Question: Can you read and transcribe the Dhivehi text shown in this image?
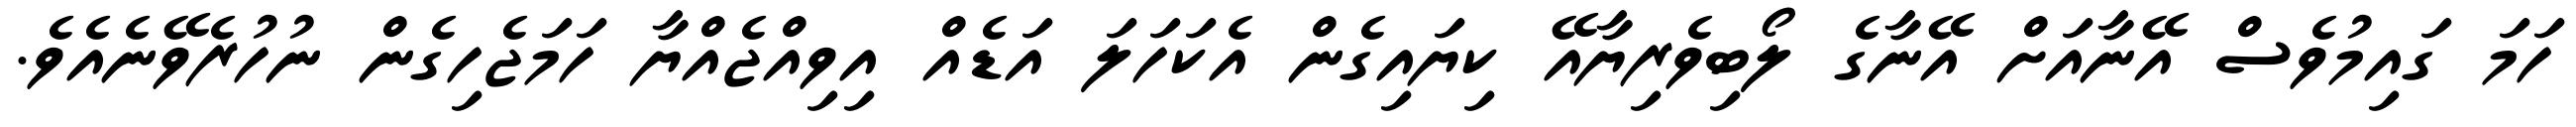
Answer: ހަމަ ގައިމުވެސް އޭނާއަށް އޭނާގެ ލޯބިވެރިޔާއޭ ކިޔައިގެން އެކަހަލަ އަޑެއް އިވިއްޖެއްޔާ ހަމަޖެހިގެން ނުހުރެވޭނެއެވެ.